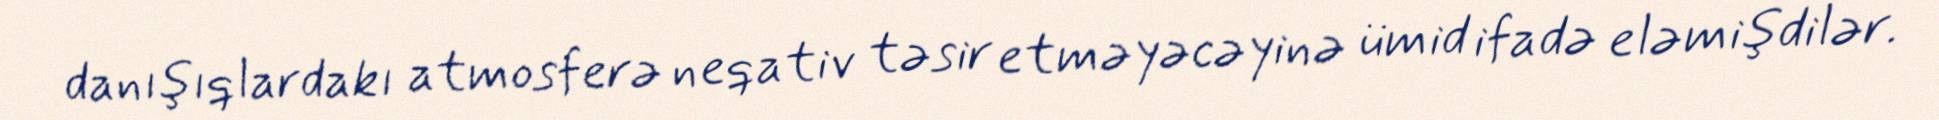
danışıqlardakı atmosferə neqativ təsir etməyəcəyinə ümid ifadə eləmişdilər.